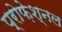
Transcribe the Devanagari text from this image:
प्रोफ़ेश्नल